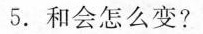
5.和会怎么变?